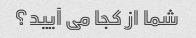
شما از کجا می آیید؟